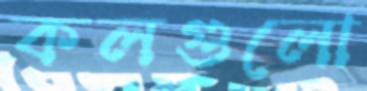
কলগুলো